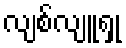
လျစ်လျူရှု